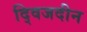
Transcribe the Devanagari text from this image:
द्विजदीन